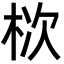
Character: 栨